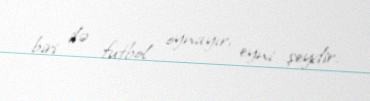
biri ilə futbol oynayır, eyni şeydir.